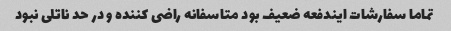
تماما سفارشات ایندفعه ضعیف بود متاسفانه راضی کننده و در حد ناتلی نبود